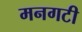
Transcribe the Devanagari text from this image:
मनगटी